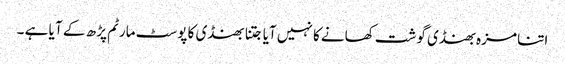
اتنا مزہ بھنڈی گوشت کھانے کا نہیں آیا جتنا بھنڈی کا پوسٹ مارٹم پڑ ھ کے آ یا ہے ۔